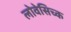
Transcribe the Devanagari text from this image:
लोवेसिच्क